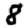
Digit: 8